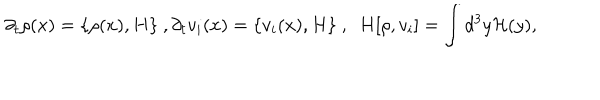
LaTeX: \partial _ { t } \rho ( x ) = \{ \rho ( x ) , H \} ~ , \partial _ { t } v _ { i } ( x ) = \{ v _ { i } ( x ) , H \} ~ , ~ ~ H [ \rho , v _ { i } ] = \int d ^ { 3 } y { \cal H } ( y ) ,